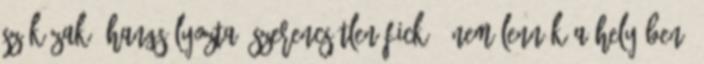
szűk zakó hangsúlyozta. Szerencsétlen fickó. Nem lennék a helyében,